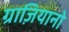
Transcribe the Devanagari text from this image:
ग्राज़ियानो